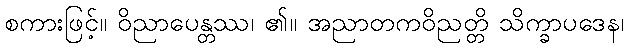
စကားဖြင့်။ ဝိညာပေန္တဿ၊ ၏။ အညာတကဝိညတ္တိ သိက္ခာပဒေန၊